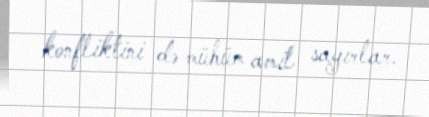
konfliktini də mühüm amil sayırlar.